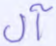
آل